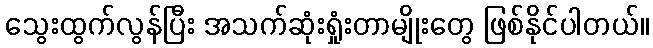
သွေးထွက်လွန်ပြီး အသက်ဆုံးရှုံးတာမျိုးတွေ ဖြစ်နိုင်ပါတယ်။